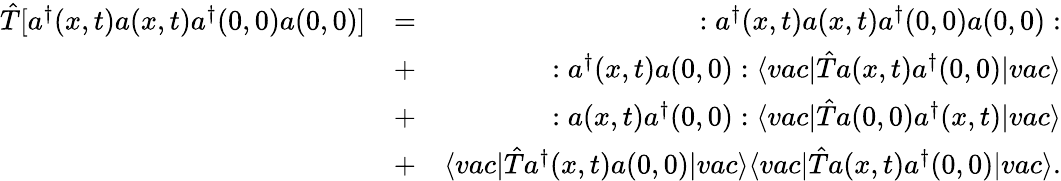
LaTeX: \begin{array}{rlr}{\hat{T}[a^{\dagger}(x,t)a(x,t)a^{\dagger}(0,0)a(0,0)]}&{=}&{:a^{\dagger}(x,t)a(x,t)a^{\dagger}(0,0)a(0,0):}\\ &{+}&{:a^{\dagger}(x,t)a(0,0):\langle vac\vert\hat{T}a(x,t)a^{\dagger}(0,0)\vert vac\rangle}\\ &{+}&{:a(x,t)a^{\dagger}(0,0):\langle vac\vert\hat{T}a(0,0)a^{\dagger}(x,t)\vert vac\rangle}\\ &{+}&{\langle vac\vert\hat{T}a^{\dagger}(x,t)a(0,0)\vert vac\rangle\langle vac\vert\hat{T}a(x,t)a^{\dagger}(0,0)\vert vac\rangle.}\end{array}